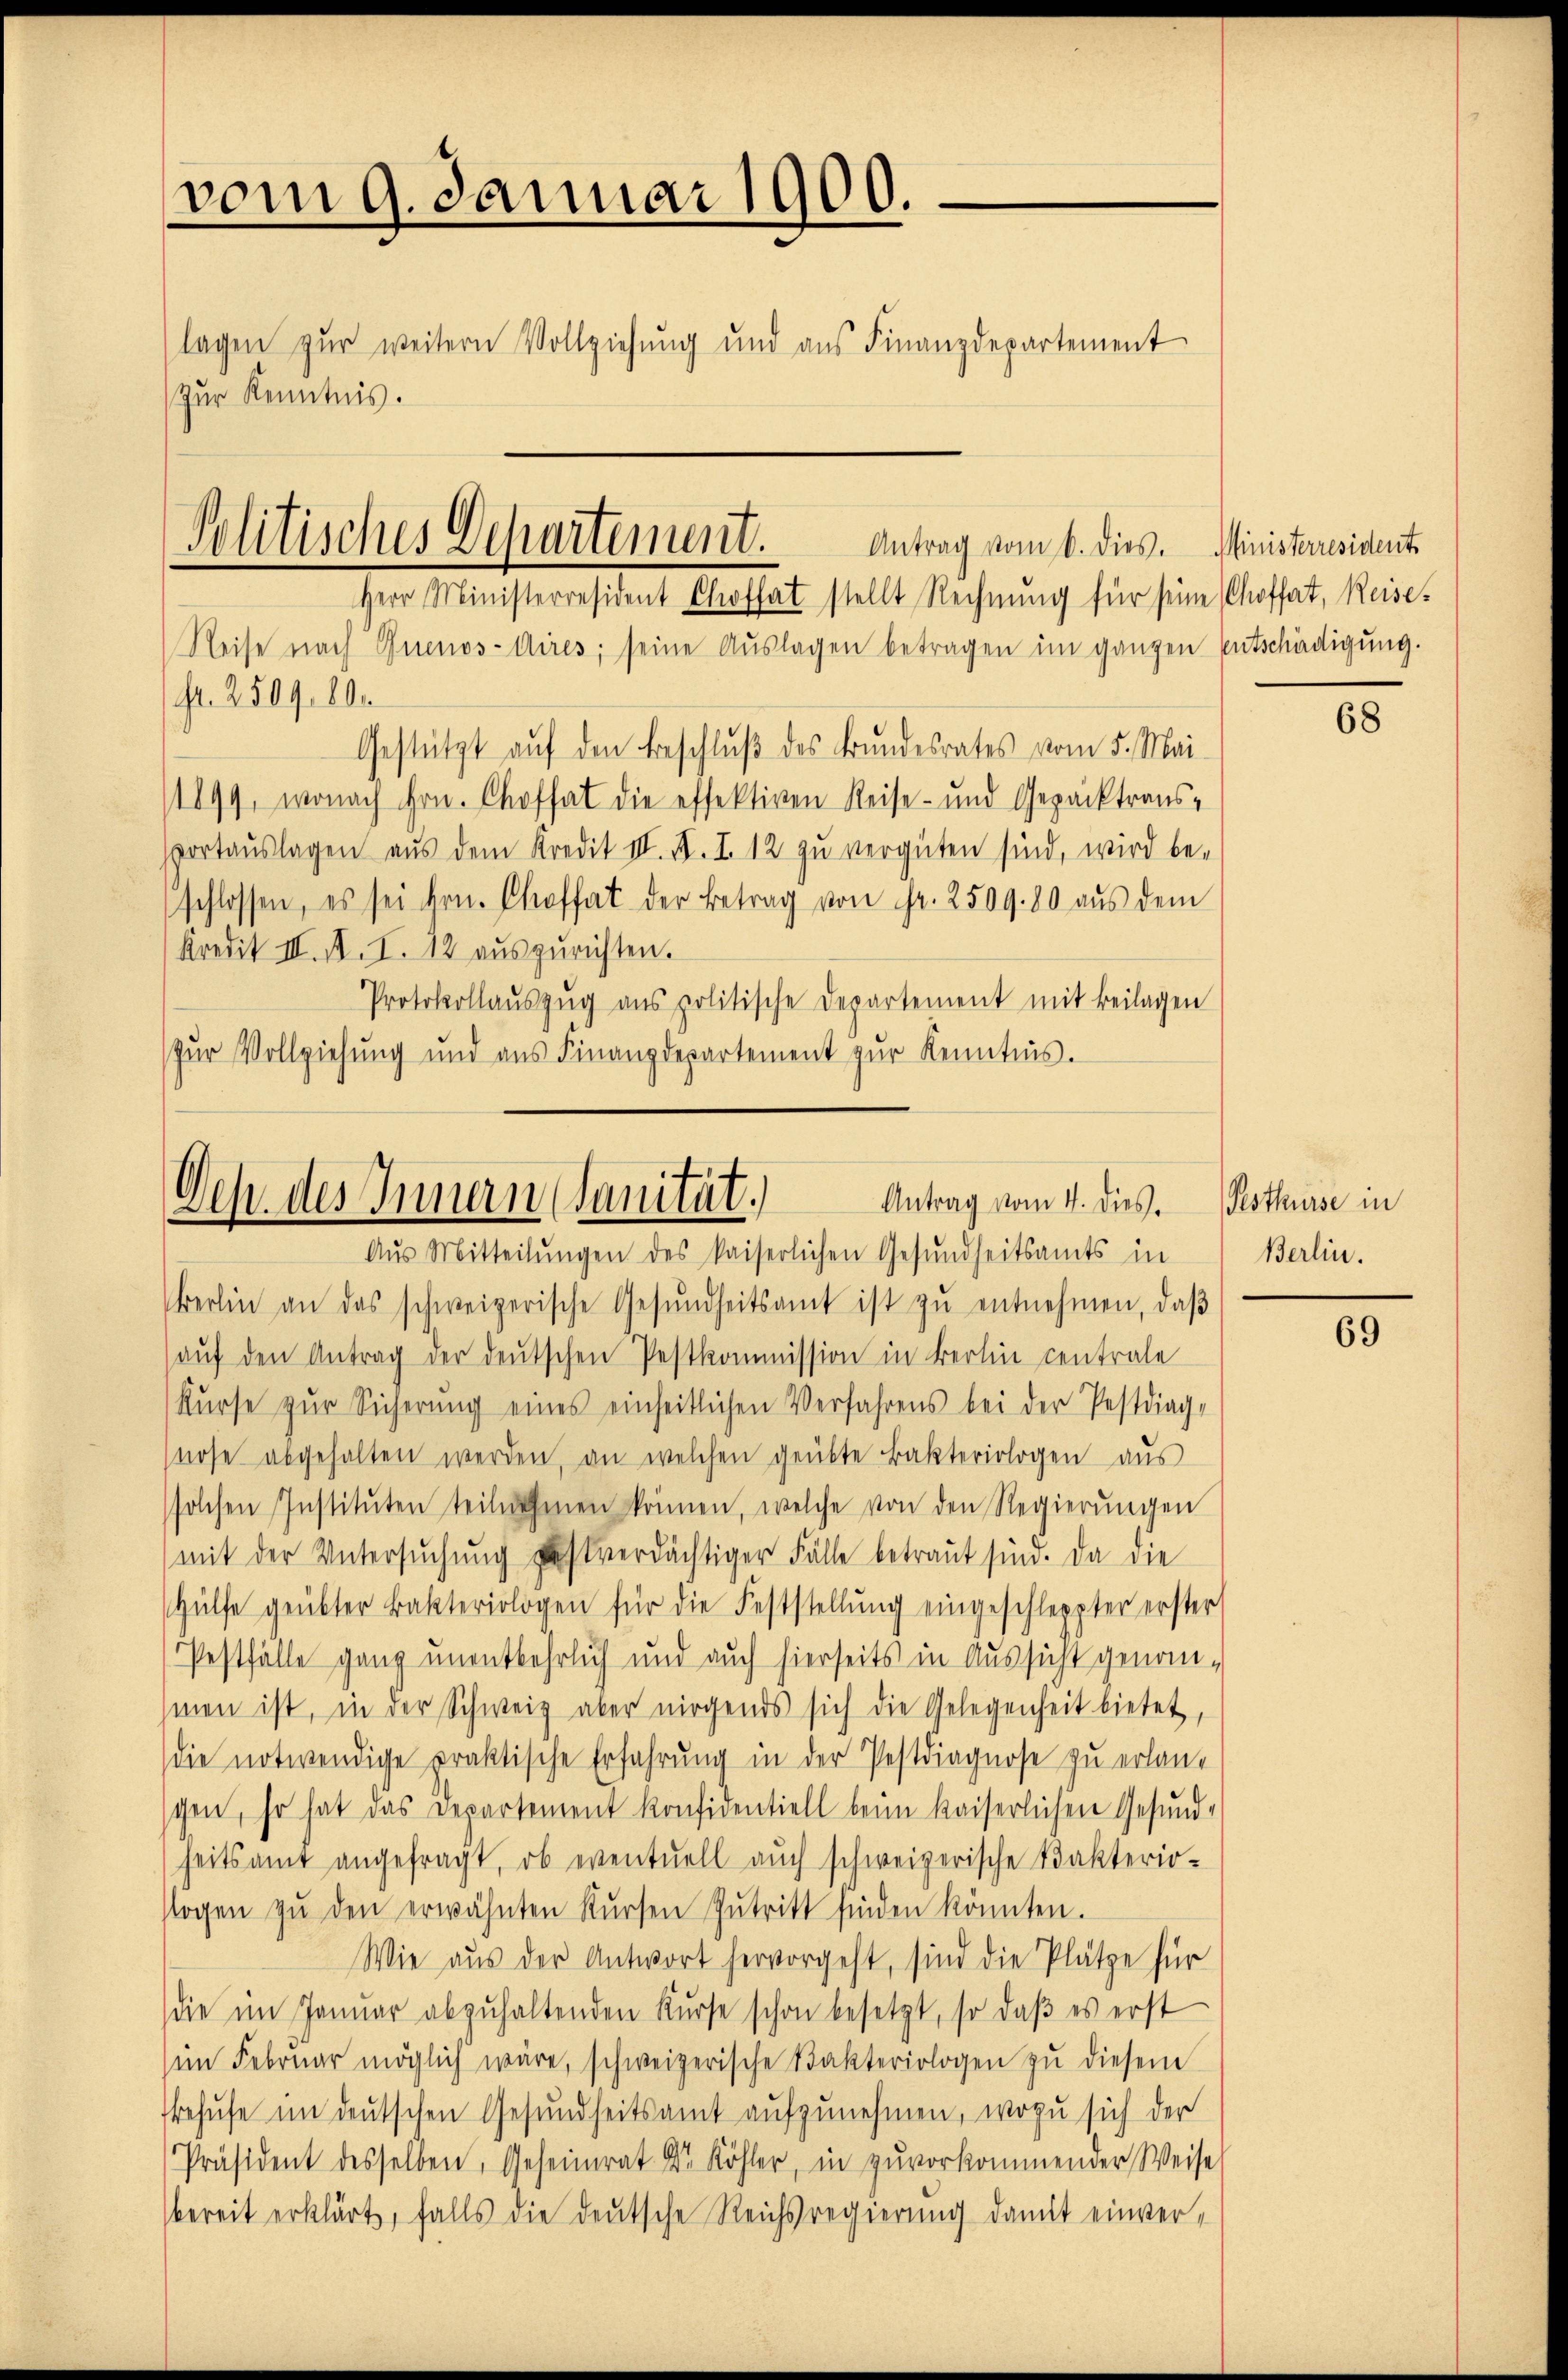
vom 9. Januar 1900.
lagen zŭr weitern Vollziehung und ans Finanzdepartement
Zur Kenntnis.

Gestützt aŭf den Beschlŭβ des Bundesrates vom 5. Mai
/1899, wonach Hrn. Chofhat die effektiven Reise- und Gepäcktrans-
ortauslagen aus dem Kredit III. X. I. 12 zu vergüten sind, wird be-
schlossen, es sei hrn. Chroffet der Betrag von Fr. 2509. 80 aŭs dem
Kredit III. II. I. 12 aŭszŭrichten.
Protokollaŭszŭg ans politische Departement mit Beilagen
zŭr Vollziehŭng und ans Finanzdepartement zŭr Kenntnis.

Politisches Departement.
Antrag vom 6. dies. Ministerresident
Herr Ministerresident Chofft stellt Rechnung für seine Choffat, Reise¬
Reise nach Buenos-Aires; seine Aŭslagen betragen im ganzen Entschädigung.
fr. 2509. 600

Deh. des Innern Sanität.
Antrag vom 4. dies.
Aŭs Mitteilŭngen des kaiserlichen Gesŭndheitsamts in

berlin an das schweizerische Gesŭndheitsamt ist zŭ entnehmen, daβ
aŭf den Antrag der deutschen Pestkommission in Berlin centrale
Kŭrse zŭr Sicherŭng eines einseitlichen Verfahrens bei der Pestdiag-
nose abgehalten werden, an welchen geübte Bakteriologen aus
solchen Institŭten teilnehmen können, welche von den Regierŭngen
mit der Untersuchung des verdächtiger Fälle betraut sind. Da die
Hülfe geübter Bakteriologen für die Feststellŭng eingeschleppter erster
Pestfälle ganz unentbehrlich und auch hierseits in Aussicht genom-
smen ist, in der Schweiz aber nirgends sich die Gelegenheit bietet,
die notwendige praktische Erfahrung in der Pestdiagnose zu erlanschen, so hat das Departement konfidentiell beim kaiserlichen Gesund-
heitsamt angefragt, ob eventuell aŭch schweizerische Takterio-
sogen zŭ den erwähnten Kŭrsen Zutritt finden könnten.
Wie aus der Antwort hervorgeht, sind die Plätze für
die im Janŭar abzŭhaltenden Kurse schon besetzt, so daβ es erst
im Febrŭar möglich wäre, schweizerische Fakteriologen zŭ diesem
Behufe im deutschen Gesundheitsamt aufzunehmen, wozu sich der
Präsident desselben, Geheimrat Dr. Köhler, in zuvorkommender Weise
bereit erklärt, falls die deutsche Reichsregierung damit einver¬

68

Pesthürse in
Berlin.

69